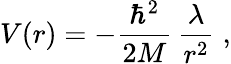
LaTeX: V(r)=-\frac{\hbar^{2}}{2M}\, \frac{\lambda}{r^{2}}\; ,